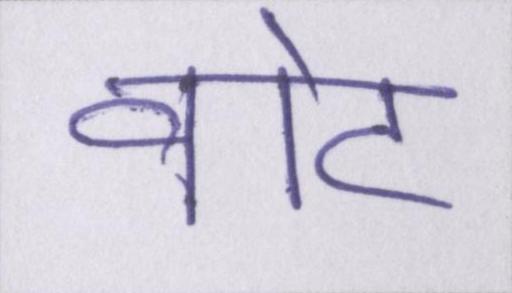
वोट